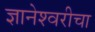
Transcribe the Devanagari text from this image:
ज्ञानेश्‍वरीचा